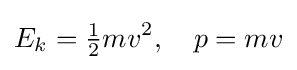
E_{k}={\tfrac {1}{2}}mv^{2},\quad p=mv